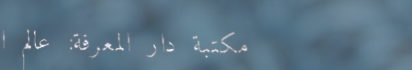
مكتبة دار المعرفة: عالم ا